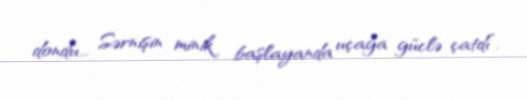
dondu... Sərnişin minik başlayanda uçağa güclə çatdı”.